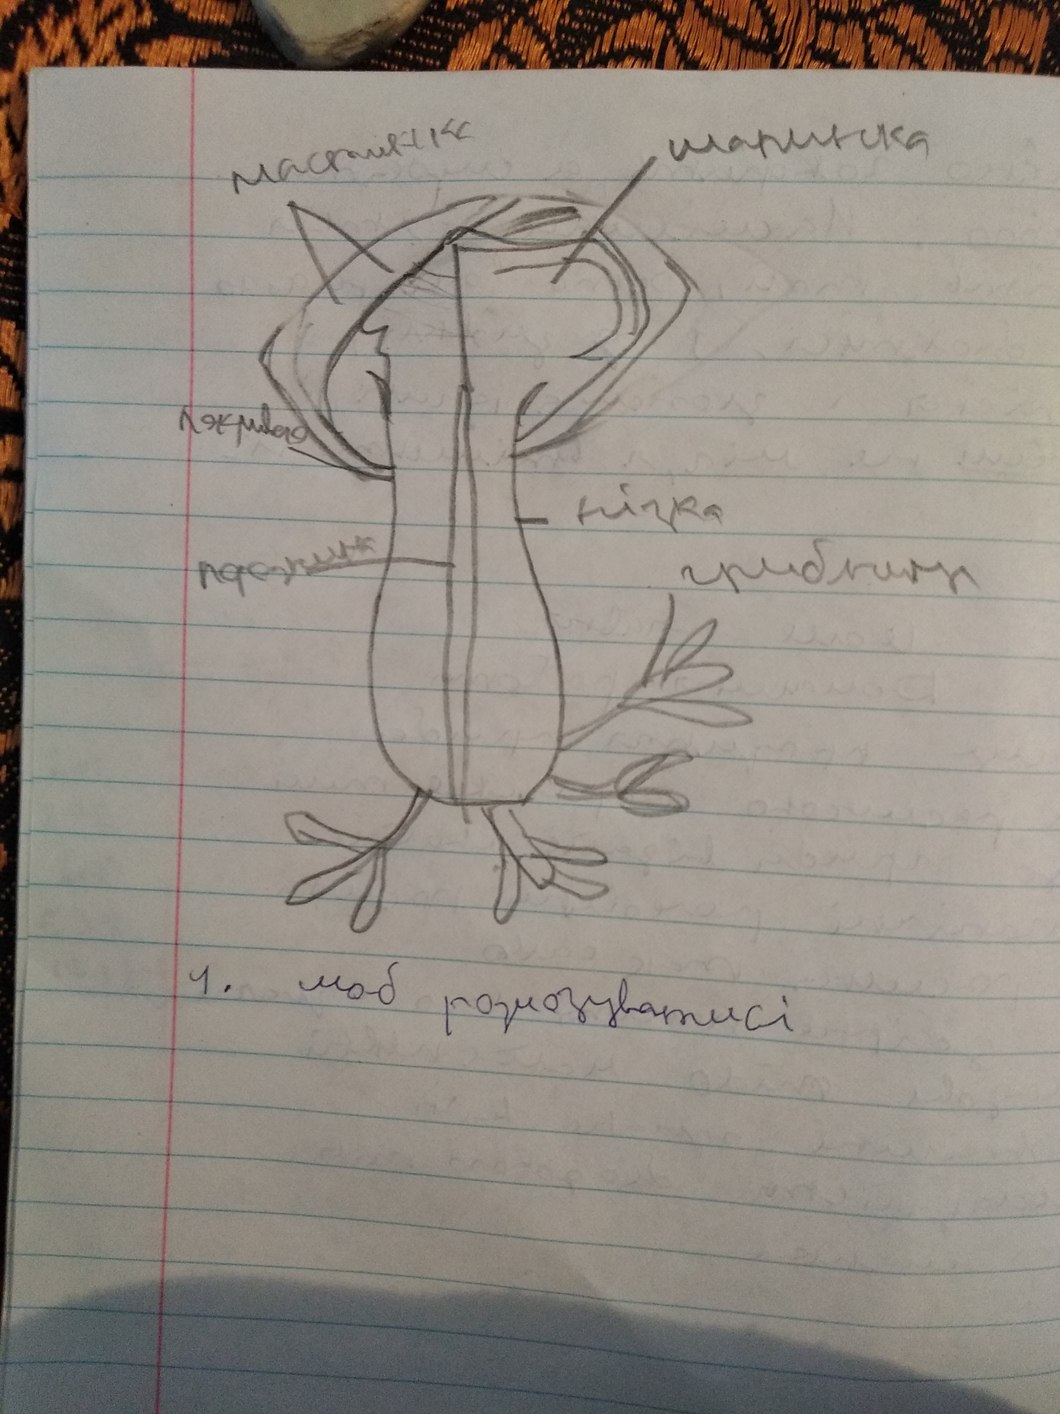
шапинка
нізка
грибниці
1. моб розмозуватисі